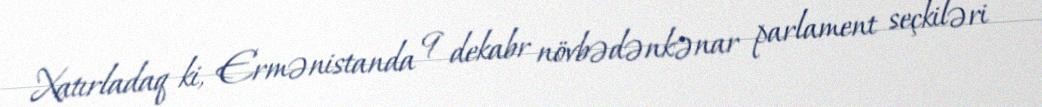
Xatırladaq ki, Ermənistanda 9 dekabr növbədənkənar parlament seçkiləri